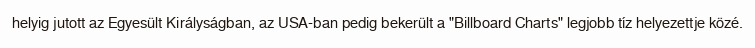
helyig jutott az Egyesült Királyságban, az USA-ban pedig bekerült a "Billboard Charts" legjobb tíz helyezettje közé.